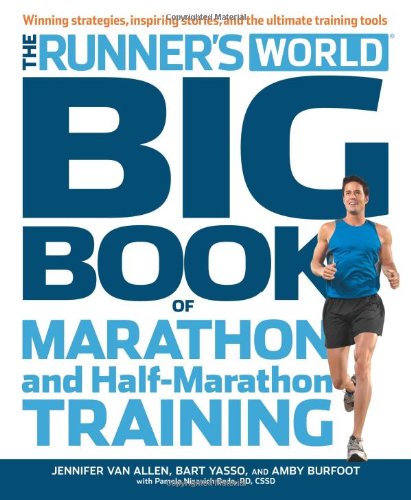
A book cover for Runner's World Big Book of Marathon and Half-Marathon Training: Winning Strategies, Inpiring Stories, and the Ultimate Training Tools; Amby Burfoot; Health, Fitness & Dieting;